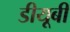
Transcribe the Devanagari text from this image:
डीयूबी